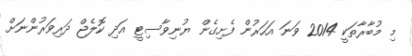
މި މުބާރާތަކީ 2014 ވަނަ އަހަރުން ފެށިގެން ޔުނިވާސިޓީ އަދި ކޮލެޖް ދަރިވަރުންނަށް